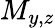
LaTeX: M_{y,z}